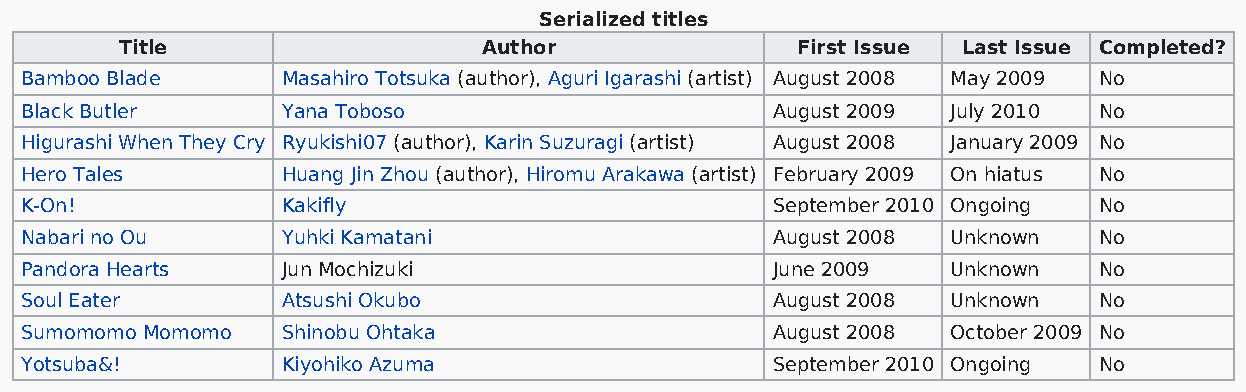
Serialized titles
 Title                   Author               First Issue Last Issue Completed?
 Bamboo Blade      Masahiro Totsuka (author), Aguri Igarashi (artist) August 2008 May 2009 No
 Black Butler      Yana Toboso                     August 2009 July 2010 No
 Higurashi When They Cry Ryukishi07 (author), Karin Suzuragi (artist) August 2008 January 2009 No
 Hero Tales        Huang Jin Zhou (author), Hiromu Arakawa (artist) February 2009 On hiatus No
 K-On!             Kakifly                         September 2010 Ongoing No
 Nabari no Ou      Yuhki Kamatani                  August 2008 Unknown   No
 Pandora Hearts    Jun Mochizuki                   June 2009   Unknown   No
 Soul Eater        Atsushi Okubo                   August 2008 Unknown   No
 Sumomomo Momomo   Shinobu Ohtaka                  August 2008 October 2009 No
 Yotsuba&!         Kiyohiko Azuma                  September 2010 Ongoing No